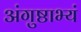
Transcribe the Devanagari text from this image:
अंगुष्ठाभ्यं